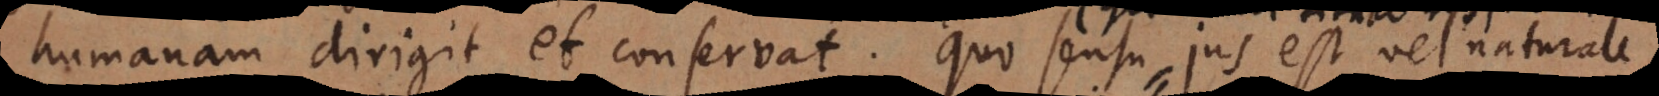
igit et conservat. Quo sensu jus est vel naturale,